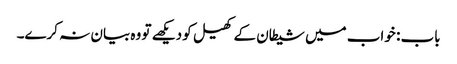
باب : خواب میں شیطان کے کھیل کو دیکھے تو وہ بیان نہ کرے۔